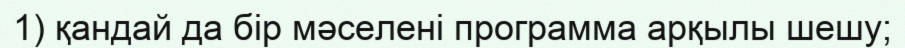
1) қандай да бір мәселені программа арқылы шешу;